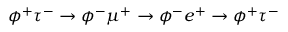
\phi ^ { + } \tau ^ { - } \rightarrow \phi ^ { - } \mu ^ { + } \rightarrow \phi ^ { - } e ^ { + } \rightarrow \phi ^ { + } \tau ^ { - }